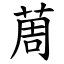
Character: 䓟